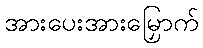
အားပေးအားမြှောက်